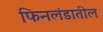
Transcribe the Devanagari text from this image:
फिनलंडातील